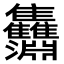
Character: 𩁵